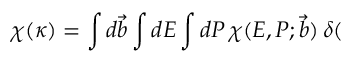
\chi ( \kappa ) = \int d \vec { b } \int d E \int d P \, \chi ( E , P ; \vec { b } ) \, \delta (